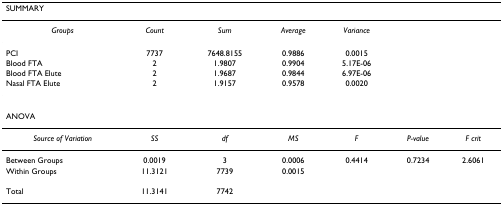
| <COLSPAN=7> SUMMARY |
 | --- | --- | --- | --- | --- | --- | --- |
 | Groups | Count | Sum | Average | Variance |  |  |
 | PCI | 7737 | 7648.8155 | 0.9886 | 0.0015 |  |  |
 | Blood FTA | 2 | 1.9807 | 0.9904 | 5.17E-06 |  |  |
 | Blood FTA Elute | 2 | 1.9687 | 0.9844 | 6.97E-06 |  |  |
 | Nasal FTA Elute | 2 | 1.9157 | 0.9578 | 0.0020 |  |  |
 | <COLSPAN=7> ANOVA |
 | Source of Variation | SS | df | MS | F | P-value | F crit |
 | Between Groups | 0.0019 | 3 | 0.0006 | 0.4414 | 0.7234 | 2.6061 |
 | Within Groups | 11.3121 | 7739 | 0.0015 |  |  |  |
 | Total | 11.3141 | 7742 |  |  |  |  |